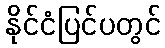
နိုင်ငံပြင်ပတွင်